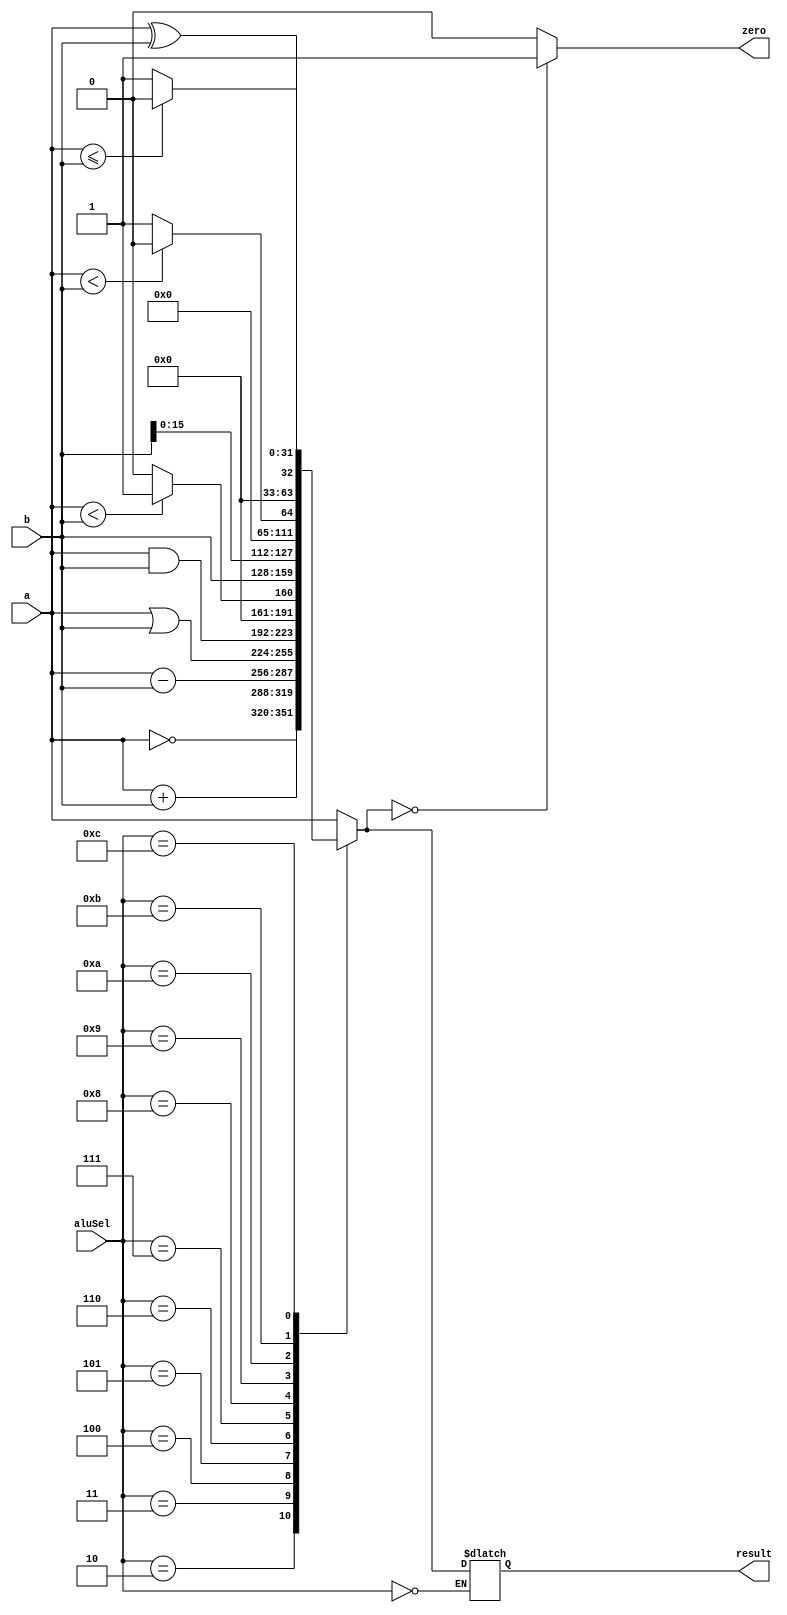
`timescale 1ns / 1ns
//////////////////////////////////////////////////////////////////////////////////
// Company: 
// Engineer: 
// 
// Design Name: 
// Module Name:    ALU 
// Project Name: 
// Target Devices: 
// Tool versions: 
// Description: 
//
// Dependencies: 
//
// Revision: 
// Revision 0.01 - File Created
// Additional Comments: 
//
//////////////////////////////////////////////////////////////////////////////////
module ALU(aluSel, a, b, result, zero);
	input [3:0] aluSel; 
	input [31:0] a, b;
	output[31:0] result;
	output zero;
	reg [31:0] result = 32'd0;
	reg zero;
	
	always @(a or b or aluSel)
	begin
		case (aluSel)		
			4'd0 : result <= result;			   // NOOP
			4'd1 : result = a;    				   // MOV
			4'd2 : result = ~a; 	  					// NOT
			4'd3 : result = a + b; 					// ADD
			4'd4 : result = a - b; 					// SUB
			4'd5 : result = a | b;					// OR
			4'd6 : result = a & b; 					// AND
			4'd7 : if ($signed(a) < $signed(b)) result = 32'd1; 	// SLT 
					 else result = 32'd0;    
			4'd8 : result = b;      				// LI			
			4'd9 : result = {b[15:0], 16'd0}; 	// LUI
			4'd10: if (a < b) result = 32'd0; 	// BLT (makes result = 0 -> zero = 1 -> take branch)
					 else result = 32'd1;         //     (result = 1 -> zero = 0 -> don't take branch)
			4'd11: if (a <= b) result = 32'd0; 	// BLE (makes result = 0 -> zero = 1 -> take branch)
					 else result = 32'd1;         //      (result = 1 -> zero = 0 -> don't take branch)
			4'd12: result = a ^ b; 				   // XOR
						
			default : result = 32'hxxxxxxxx;
		endcase
		
		if (result == 32'd0) zero = 1;
		else zero = 0;
	end
endmodule

// gotta change a lot of this